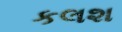
કલશ